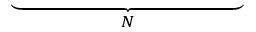
\underbrace { \phantom { i \alpha \mathcal { U } - R e ^ { - 1 } \left( D ^ { 2 } - R ^ { 2 } \right) } } _ { N }